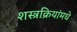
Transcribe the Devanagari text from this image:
शस्त्रक्रियांमधे